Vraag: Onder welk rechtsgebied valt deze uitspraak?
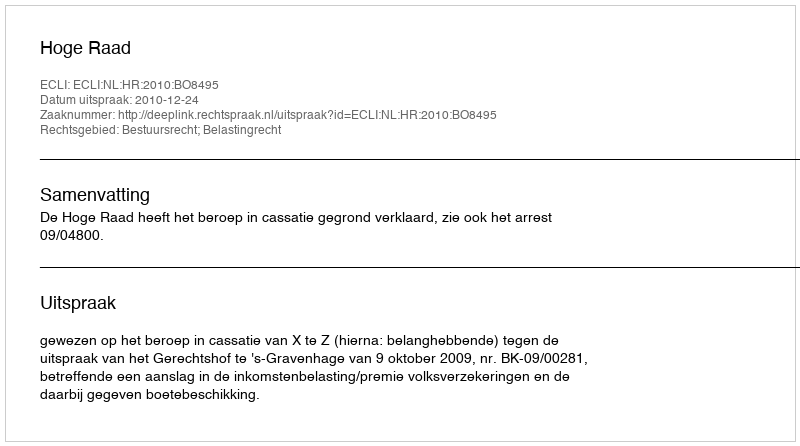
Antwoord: Bestuursrecht; Belastingrecht